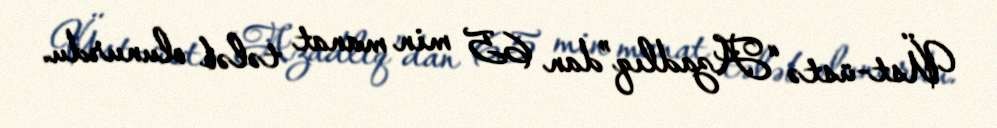
Üst-üstə “Azadlıq”dan 65 min manat tələb olunurdu.